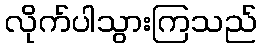
လိုက်ပါသွားကြသည်